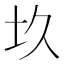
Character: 𡉌